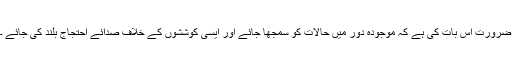
ضرورت اس بات کی ہے کہ موجودہ دور میں حالات کو سمجھا جائے اور ایسی کوششوں کے خلاف صدائے احتجاج بلند کی جائے ۔